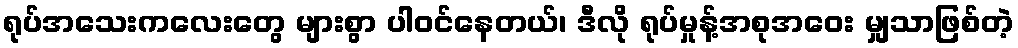
ရုပ်အသေးကလေးတွေ များစွာ ပါဝင်နေတယ်၊ ဒီလို ရုပ်မှုန့်အစုအဝေး မျှသာဖြစ်တဲ့